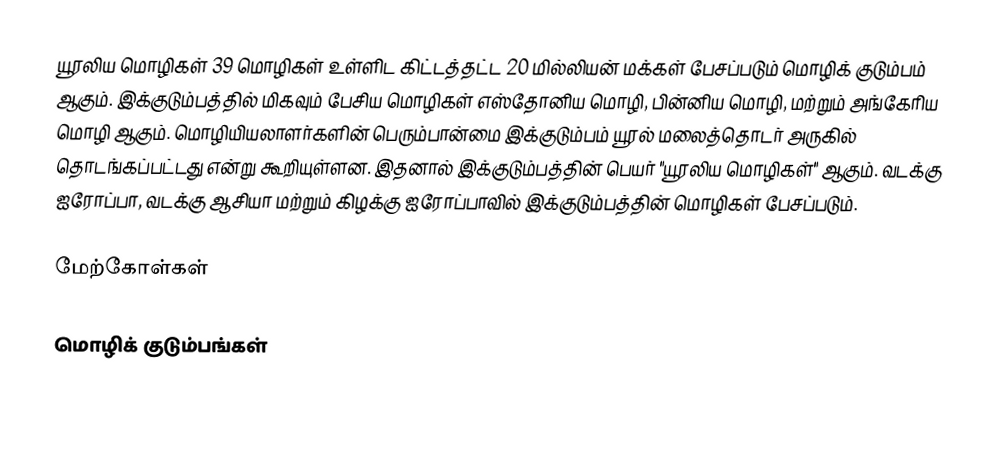
யூரலிய மொழிகள் 39 மொழிகள் உள்ளிட கிட்டத்தட்ட 20 மில்லியன் மக்கள் பேசப்படும் மொழிக் குடும்பம் ஆகும். இக்குடும்பத்தில் மிகவும் பேசிய மொழிகள் எஸ்தோனிய மொழி, பின்னிய மொழி, மற்றும் அங்கேரிய மொழி ஆகும். மொழியியலாளர்களின் பெரும்பான்மை இக்குடும்பம் யூரல் மலைத்தொடர் அருகில் தொடங்கப்பட்டது என்று கூறியுள்ளன. இதனால் இக்குடும்பத்தின் பெயர் "யூரலிய மொழிகள்" ஆகும். வடக்கு ஐரோப்பா, வடக்கு ஆசியா மற்றும் கிழக்கு ஐரோப்பாவில் இக்குடும்பத்தின் மொழிகள் பேசப்படும்.

மேற்கோள்கள்

மொழிக் குடும்பங்கள்